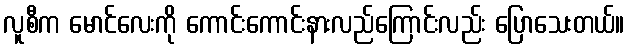
လူစီက မောင်လေးကို ကောင်းကောင်းနားလည်ကြောင်းလည်း ပြောသေးတယ်။